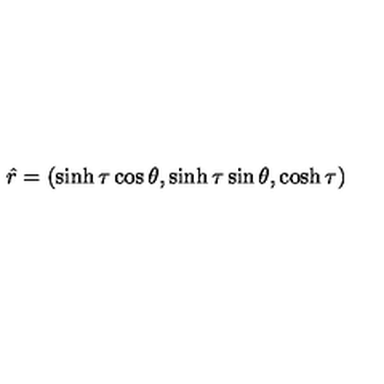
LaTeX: \hat { r } = ( \sinh \tau \cos \theta , \sinh \tau \sin \theta , \cosh \tau )